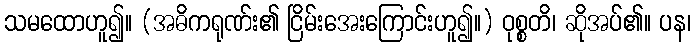
သမထောဟူ၍။ (အဓိကရုဏ်း၏ ငြိမ်းအေးကြောင်းဟူ၍။) ဝုစ္စတိ၊ ဆိုအပ်၏။ ပန၊